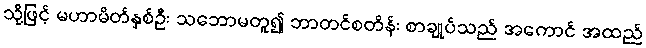
သို့ဖြင့် မဟာမိတ်နှစ်ဦး သဘောမတူ၍ ဘာတင်စတိန်း စာချုပ်သည် အကောင် အထည်